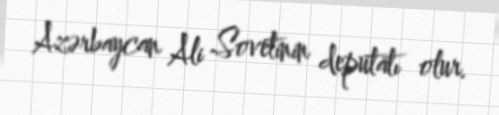
Azərbaycan Ali Sovetinin deputatı olur.